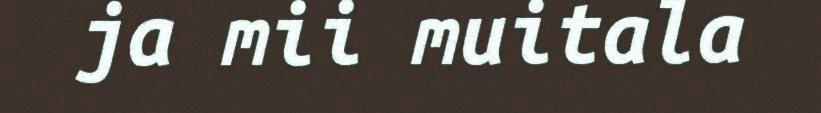
ja mii muitala